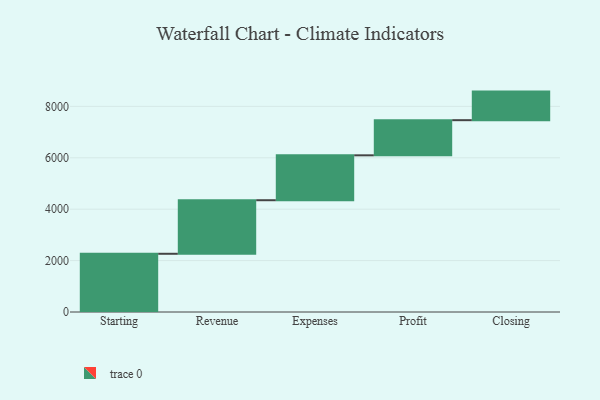
{"axis": {"x": "Step", "y": "Value"}, "legend": [""], "data": [{"x": "Starting", "y": 2265.0, "type": ""}, {"x": "Revenue", "y": 2084.0, "type": ""}, {"x": "Expenses", "y": 1747.0, "type": ""}, {"x": "Profit", "y": 1367.0, "type": ""}, {"x": "Closing", "y": 1112.0, "type": ""}]}